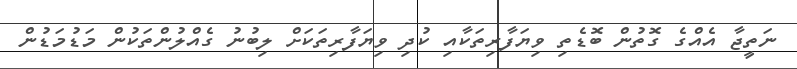
ނަތީޖާ އެއްގެ ގޮތުން ބޮޑެތި ވިޔަފާރިތަކާއި ކުދި ވިޔަފާރިތަކަށް ލިބުނު ގެއްލުންތަކުން މަޑުމަޑުން